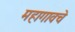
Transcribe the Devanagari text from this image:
महागावचे